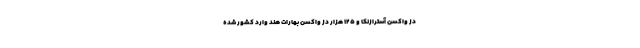
دُز واکسن آسترازنکا و ۱۲۵ هزار دُز واکسن بهارات هند وارد کشور شده